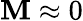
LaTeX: \mathbf{M}\approx0